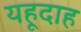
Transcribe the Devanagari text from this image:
यहूदाह